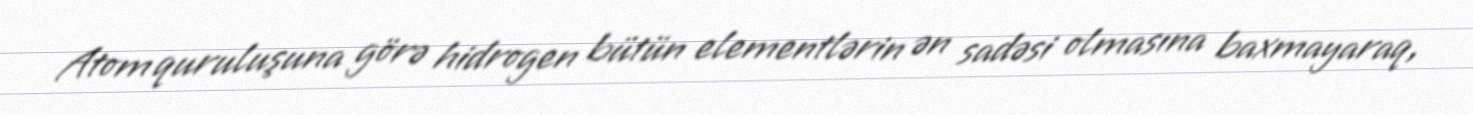
Atom quruluşuna görə hidrogen bütün elementlərin ən sadəsi olmasına baxmayaraq,